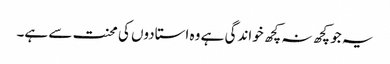
یہ جو کچھ نہ کچھ خواندگی ہے وہ استادوں کی محنت سے ہے۔